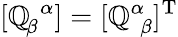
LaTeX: [\mathbb{Q}_{\! \beta}^{\, \, \alpha}]=[\mathbb{Q}_{\, \, \beta}^{\alpha}]^{\mathrm{{T}}}